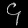
Digit: ၄